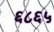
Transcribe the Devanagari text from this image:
६८६५